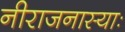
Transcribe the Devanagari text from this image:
नीराजनास्याः